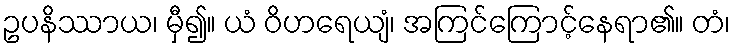
ဥပနိဿာယ၊ မှီ၍။ ယံ ဝိဟရေယျံ၊ အကြင်ကြောင့်နေရာ၏။ တံ၊